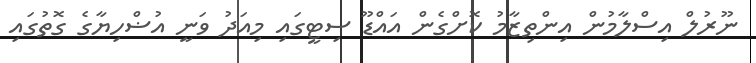
ނޫރުލް އިސްލާމުން އިންތިޒާމު ކޮށްގެން އައްޑޫ ސިޓީގައި މިއަދު ވަނީ އުޟްހިޔާގެ ގޮތުގައި